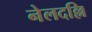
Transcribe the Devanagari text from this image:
नेलदल्लि